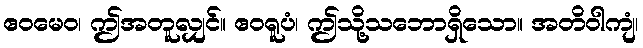
ဧဝမေဝ၊ ဤအတူလျှင်။ ဧဝရူပံ၊ ဤသို့သဘောရှိသော။ အတိဝါကျံ၊